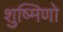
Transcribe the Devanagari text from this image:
शुष्मिणो